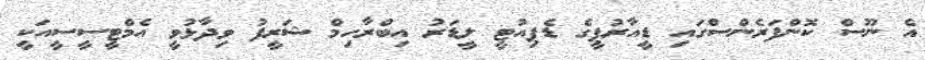
އެ ނޫސް ކޮންފަރެންސްގައި ޑީއާރުޕީގެ ޑެޕިއުޓީ ލީޑަރު އިބްރާހިމް ޝަރީފު ވިދާޅުވީ އެމްޓީސީސީއަކީ